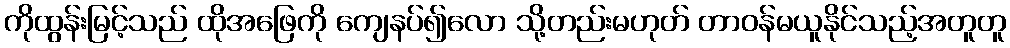
ကိုထွန်းမြင့်သည် ထိုအဖြေကို ကျေနပ်၍လော သို့တည်းမဟုတ် တာဝန်မယူနိုင်သည့်အတူတူ